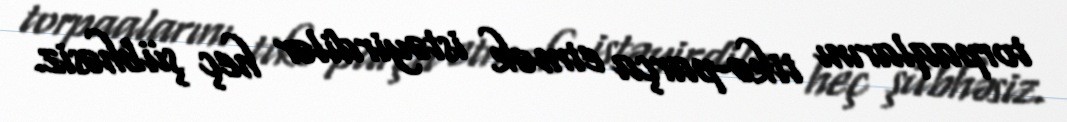
torpaqlarını tikə-parça etmək istəyirdilər heç şübhəsiz.